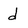
Character: d